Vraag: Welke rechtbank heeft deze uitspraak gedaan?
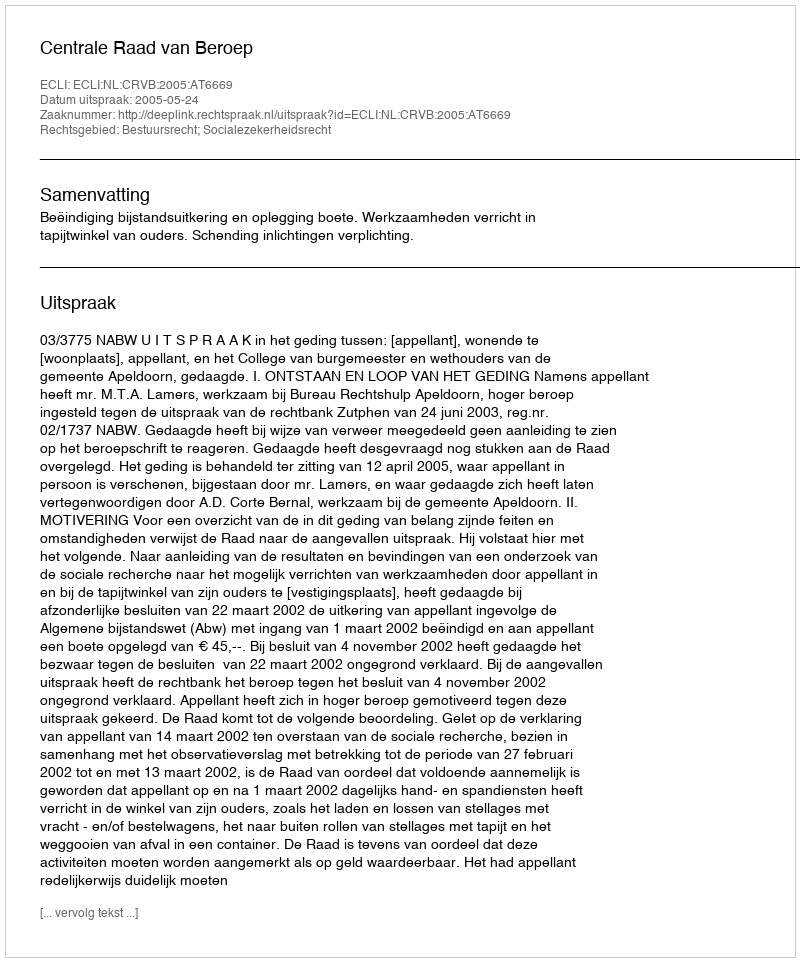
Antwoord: Centrale Raad van Beroep